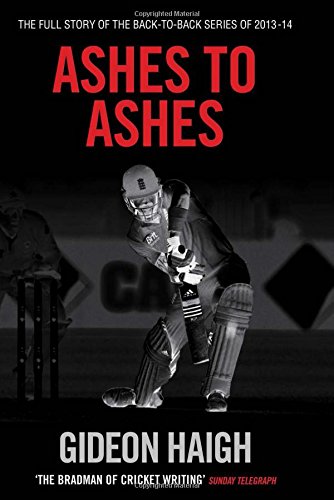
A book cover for Ashes to Ashes: The Story of the Back-to-back Series of 2013-14; Gideon Haigh; Sports & Outdoors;